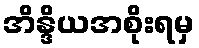
အိန္ဒိယအစိုးရမှ